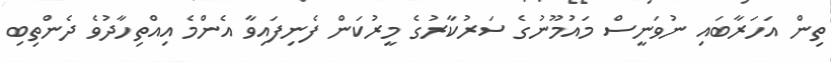
ތިން އަހަރާބައި ނުވަނީސް މައުމޫނުގެ ސަރުކާރުގެ މީރުކަން ފެނިފައިވާ އެންމެ އިއްތިހާދުވެ ދެންތިބި